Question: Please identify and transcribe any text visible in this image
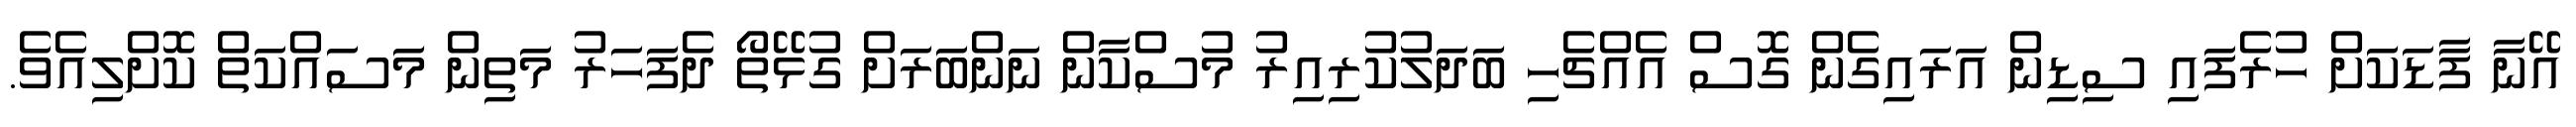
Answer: އޭނާ ފާޑަކަށް ހުރެފައި ސިޑިން އަރައިގެން ގޮސް އެއްޗެހި ބަދަލުކުރިއިރު މުސްކާން ނަންބަރަށް ގުޅޭތޯ ދެފަހަރު މަތިން މަސައްކަތް ކޮށްލިއެވެ.